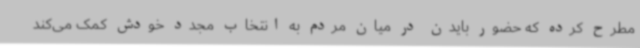
مطرح کرده که حضور بایدن در میان مردم به انتخاب مجدد خودش کمک می‌کند